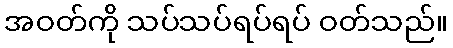
အဝတ်ကို သပ်သပ်ရပ်ရပ် ဝတ်သည်။